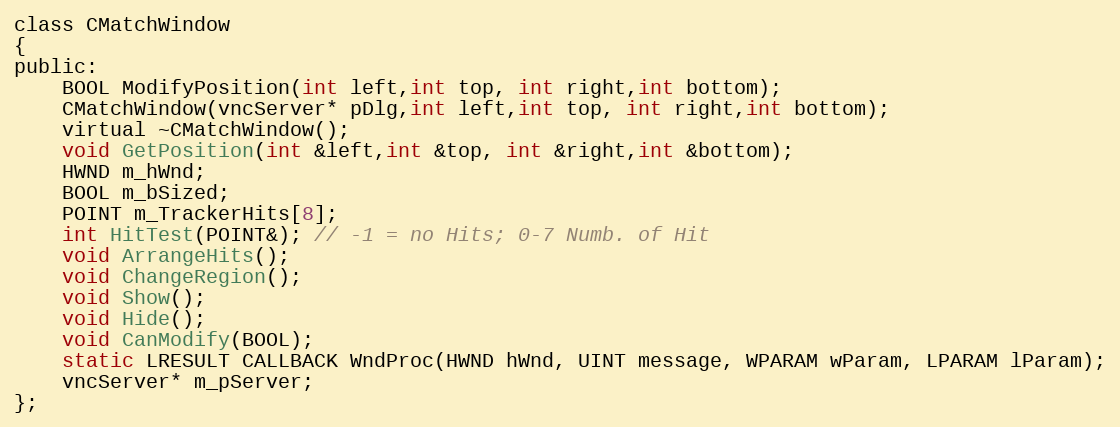
Language: C
class CMatchWindow
{
public:
	BOOL ModifyPosition(int left,int top, int right,int bottom);
	CMatchWindow(vncServer* pDlg,int left,int top, int right,int bottom);
	virtual ~CMatchWindow();
	void GetPosition(int &left,int &top, int &right,int &bottom);
	HWND m_hWnd;
	BOOL m_bSized;
	POINT m_TrackerHits[8];
	int HitTest(POINT&); // -1 = no Hits; 0-7 Numb. of Hit
    void ArrangeHits();
    void ChangeRegion();
	void Show();
	void Hide();
	void CanModify(BOOL);
	static LRESULT CALLBACK WndProc(HWND hWnd, UINT message, WPARAM wParam, LPARAM lParam);
    vncServer* m_pServer;
};